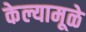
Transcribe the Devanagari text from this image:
केल्यामूळे